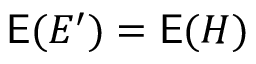
\mathsf E ( E ^ { \prime } ) = \mathsf E ( H )